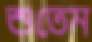
শুতেম